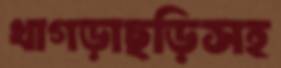
খাগড়াছড়িসহ